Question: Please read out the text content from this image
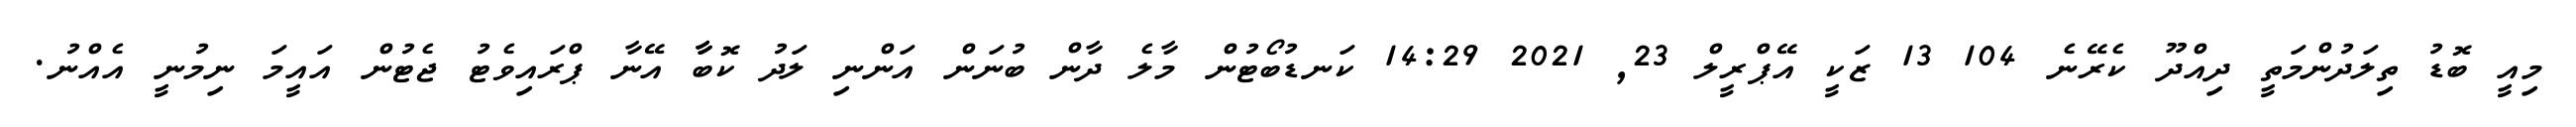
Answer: މިއީ ބޮޑު ތިލަދުންމަތީ ދިއްދޫ ކެރޭނެ 104 13 ޒަކީ އޭޕްރީލް 23, 2021 14:29 ކަނޑުބޯޓުން މާލެ ދާން ބުނަން އަންނި ލަދު ކޮބާާ އޭނާ ޕްރައިވެޓު ޖެޓުން އައީމަ ނިމުނީ އެއްނު.